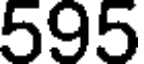
595